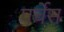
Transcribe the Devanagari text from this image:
पर्चेस